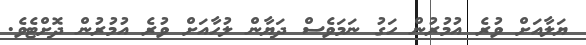
ޔަލާއަށް ވުރެ އުމުރުން ހަގު ނަމަވެސް ދަޔާން ލުހާއަށް ވުރެ އުމުރުން ދޮށްޓެވެ.